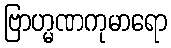
ဗြာဟ္မဏကုမာရော